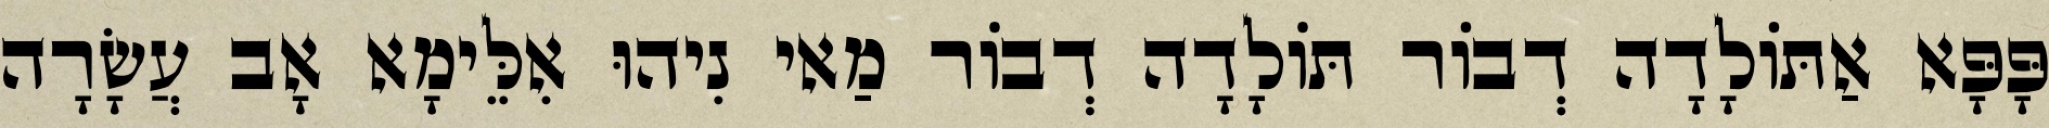
פָּפָּא אַתּוֹלָדָה דְבוֹר תּוֹלָדָה דְבוֹר מַאי נִיהוּ אִלֵּימָא אָב עֲשָׂרָה